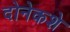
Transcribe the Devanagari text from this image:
दोनेकशे